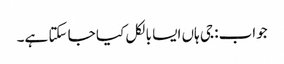
جواب: جی ہاں ایسا بالکل کیا جا سکتا ہے۔